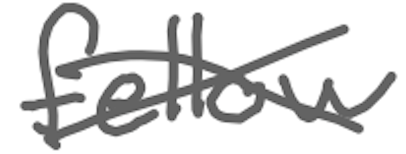
Text: fellow
Cross-out: cross
Writing tool: digital_gray